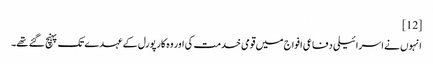
[12]
انہوں نے اسرائیلی دفاعی افواج میں قومی خدمت کی اور وہ کارپورل کے عہدے تک پہنچ گئے تھے۔